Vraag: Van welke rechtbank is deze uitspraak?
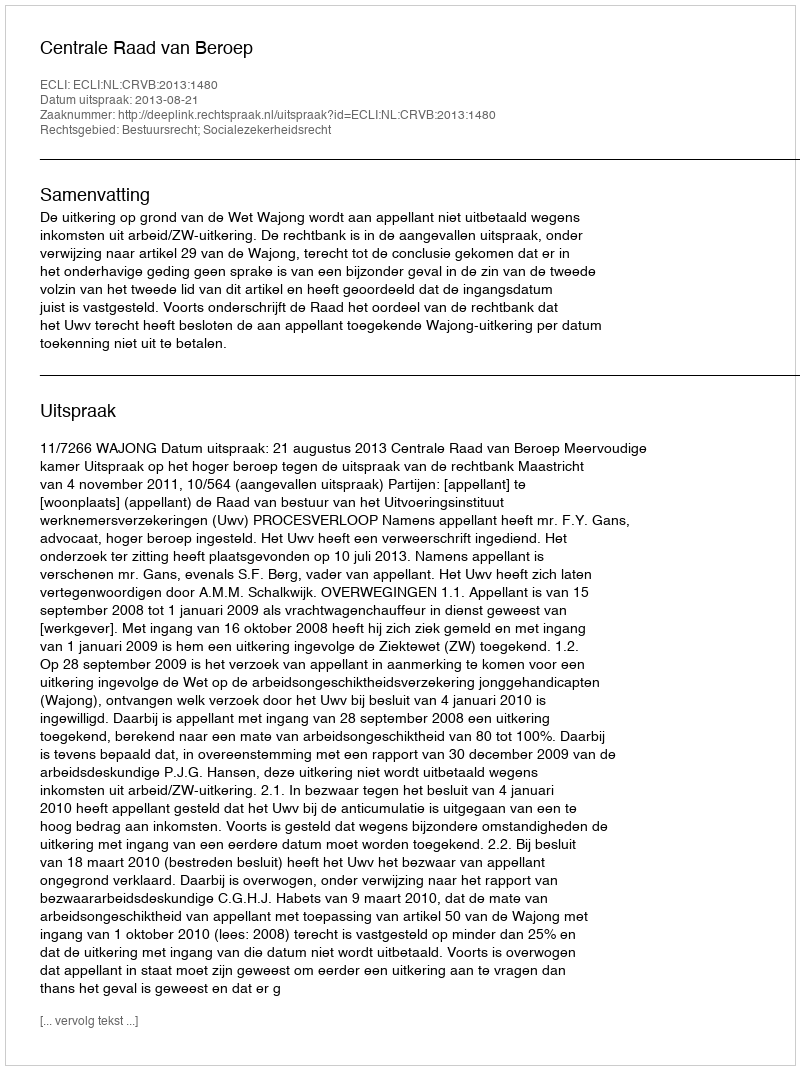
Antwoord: Centrale Raad van Beroep